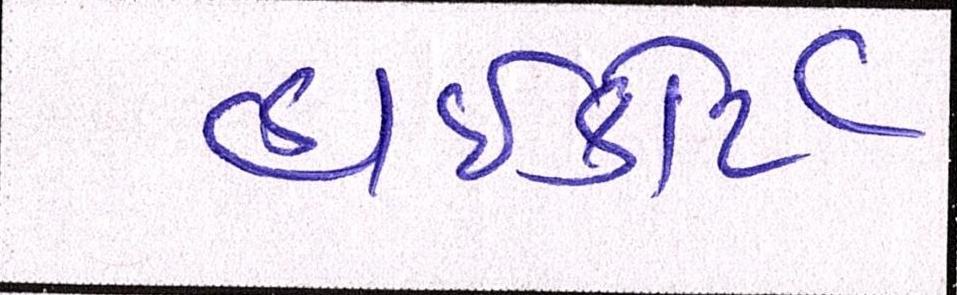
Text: હાઈકોર્ટે